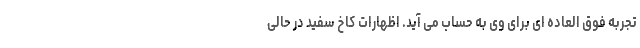
تجربه فوق العاده ای برای وی به حساب می آید. اظهارات کاخ سفید در حالی